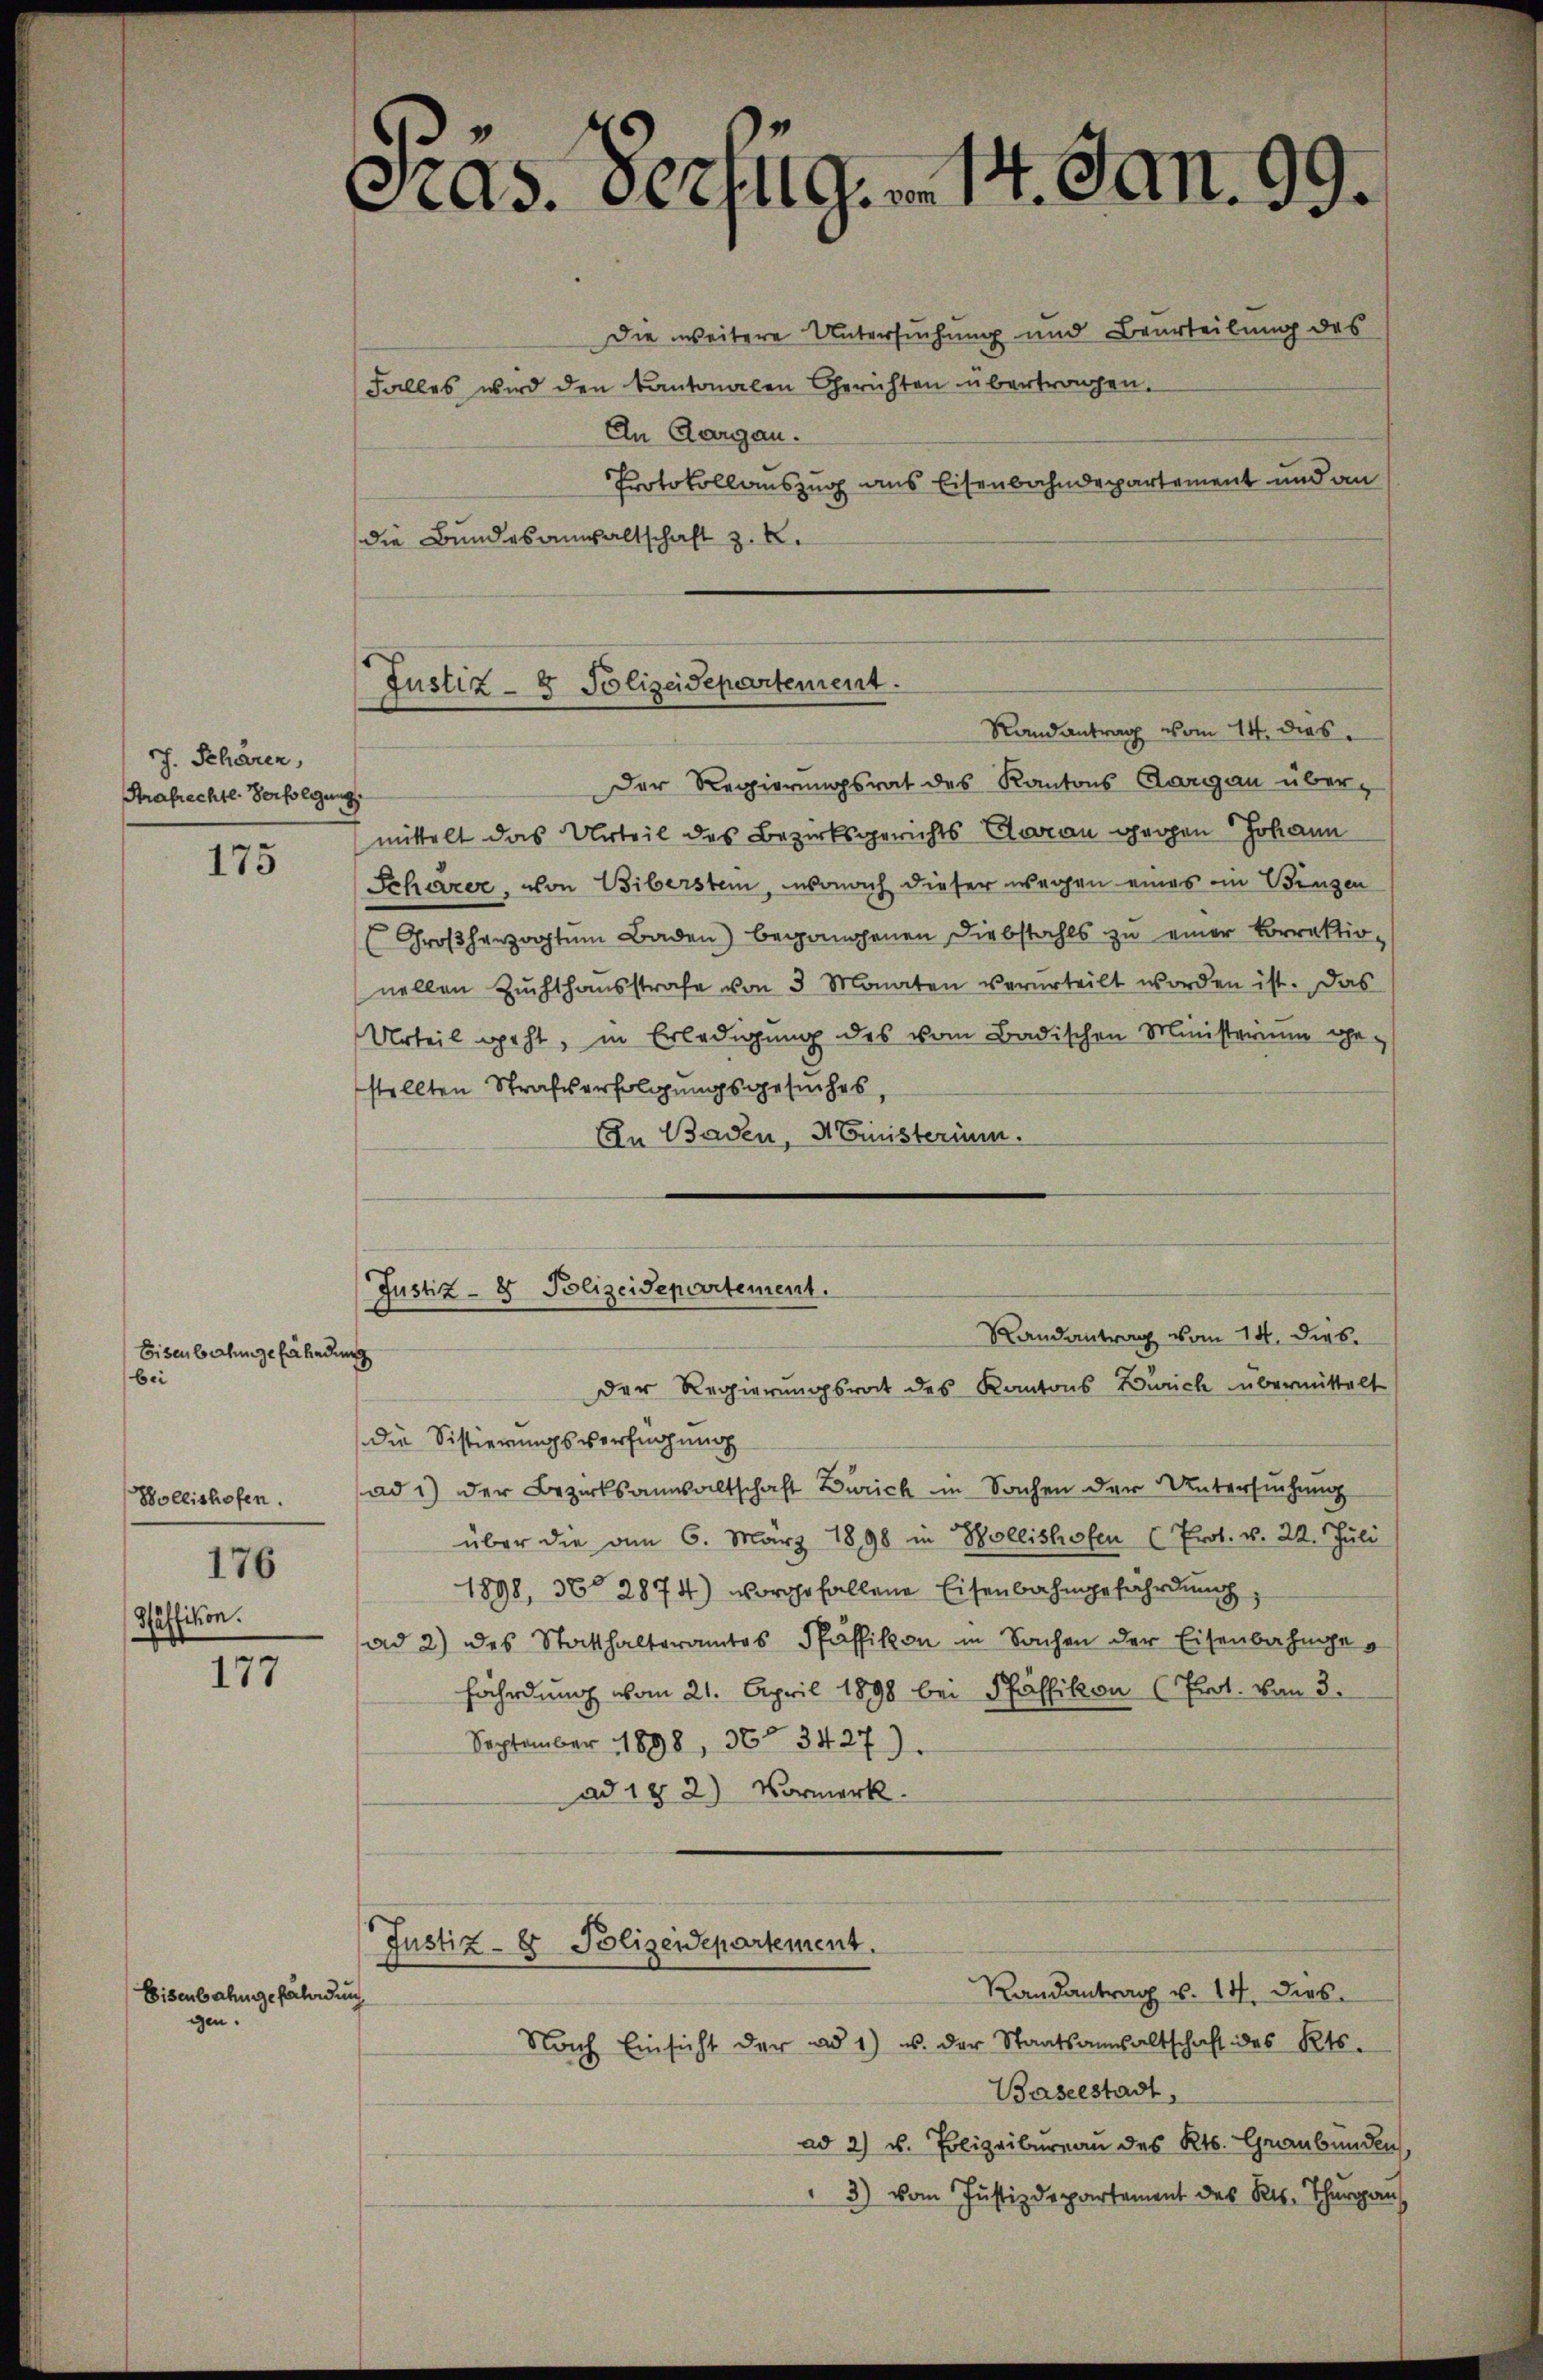
ch. Schären,
Strafrechtl. Verfolgung

bei
Wollishofen.
176
Häffikon.

gen

175

177

Eisenbahngefährdun

Eisenbahngefährdung

Der Regierungsrat des Kantons Aargau über-
mittelt das Urteil des Bezirksgerichts Claran gegen Johann
Schärer, von Biberstein, wonach dieser wegen eines in Benzen
Großherzogtum Baden) begangenen Diebstahls zu einer korrektion
nellen Zuchthausstrafe von 3 Monaten verurteilt worden ist. Das
Urteil geht, in Erledigung des vom Badischen Ministerium gestellten Straferfolgungsgesuches,
In Baden, Ministerium.

die Bundesanwaltschaft z. B.

Präs. Verfüg, m. 14. Jan. 99.
Die weitere Untersuchung und Beurteilung des
Falles wird den Kantonalen Gerichten übertragen.
An Aargau.
Protokollauszug aus Eisenbahndepartement und an

Justiz- & Polizeidepartement
Randantrag vom 14. dies

Justiz- & Polizeidepartement.
Randantrag vom 14. dies
der Regierungsrat des Kantons Zürich übermittelt

die Sistierungsverfügung
ad 1) der Bezirksanwaltschaft Zürich in Sachen der Untersuchung
über die am 6. März 1898 in Bollishofen (Prot. v. 22. Juli
1898, 36 2874) voroho fallene Eisenbahngefährdung
ad 2) des Statthalteramtes Pfäffikon in Sachen der Eisenbahngefährdung vom 21. April 1898 bei Pfäffikon (Prot. von 3.
September 1898, 36° 3427).
ad 182) Vormerk

Justiz- & Polizeidepartement.
Randantrag v. 14. ders

Nach Einsicht der ad 1) u. der Staatsanwaltschaft des Kts.
Baselstadt,
ad 2) u. Polizeibureau des Kts. Graubünden,
3) vom Justizdepartement des Kts. Thurgau